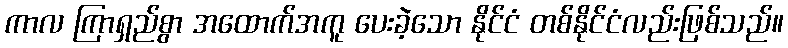
ကာလ ကြာရှည်စွာ အထောက်အကူ ပေးခဲ့သော နိုင်ငံ တစ်နိုင်ငံလည်းဖြစ်သည်။